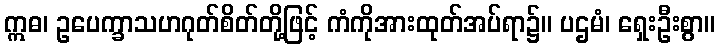
ဣဓ၊ ဥပေက္ခာသဟဂုတ်စိတ်တို့ဖြင့် ကံကိုအားထုတ်အပ်ရာ၌။ ပဌမံ၊ ရှေးဦးစွာ။